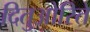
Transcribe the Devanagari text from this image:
दितुओरिते